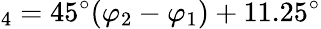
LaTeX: _4=45^{\circ}(\varphi_{2}-\varphi_{1})+11.25^{\circ}